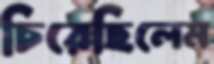
চিরেছিলেম